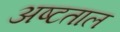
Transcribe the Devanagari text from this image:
अष्टताल